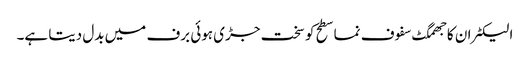
الیکٹران کا جھمگٹ سفوف نما سطح کو سخت جڑی ہوئی برف میں بدل دیتا ہے۔